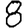
Digit: 8